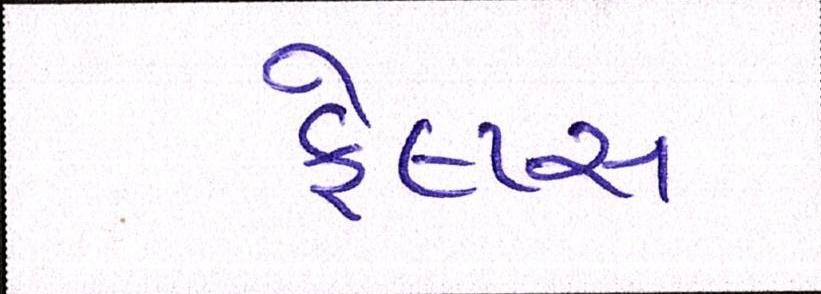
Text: ફેલ્પ્સ